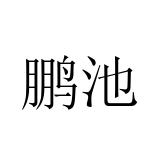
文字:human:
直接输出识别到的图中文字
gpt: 鹏池